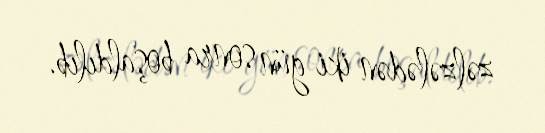
zəlzələdən iki gün sonra boşaldılıb.